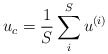
\begin{align*}u_c=\frac 1S\sum\limits_i^Su^{(i)} \end{align*}